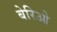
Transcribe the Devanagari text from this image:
बेरिओ